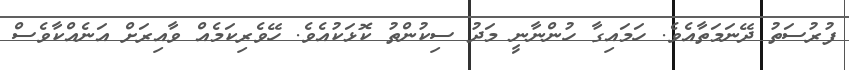
ފުރުސަތު ދޭނަމަތާއެވެ. ހަމައިގާ ހުންނާނީ މަދު ސިކުންތު ކޮޅަކުއެވެ. ހޭވެރިކަމެއް ވާއިރަށް އަނެއްކާވެސް